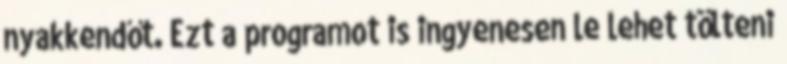
nyakkendőt. Ezt a programot is ingyenesen le lehet tölteni